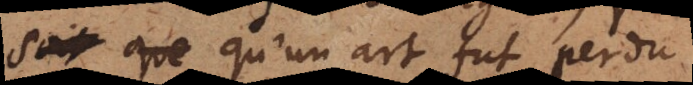
s’imaginer qu’un art fut perdu